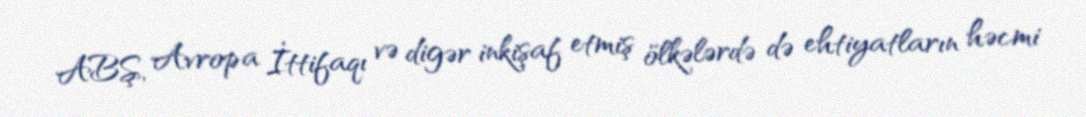
ABŞ, Avropa İttifaqı və digər inkişaf etmiş ölkələrdə də ehtiyatların həcmi